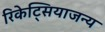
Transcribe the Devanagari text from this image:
रिकेट्सियाजन्य